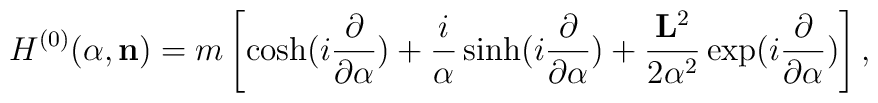
H^{(0)}({\alpha},{\bf  n})=m\left[\cosh(i\frac{\partial}{{\partial}{\alpha}})+\frac{i}{{\alpha}}\sinh(i\frac{\partial}{{\partial}{\alpha}}) +\frac{{\bf L}^2}{2{\alpha}^2}\exp(i\frac{\partial}{{\partial}{\alpha}})\right],